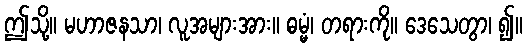
ဤသို့။ မဟာဇနသာ၊ လူအများအား။ ဓမ္မံ၊ တရားကို။ ဒေသေတွာ၊ ၍။